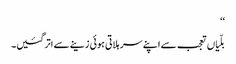
‘‘
بلّیاں تعجب سے اپنے سر ہلاتی ہوئی زینے سے اتر گئیں۔